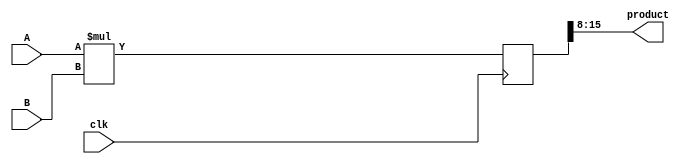
module mult8(
	output [7:0] product,
	input [7:0] A,
	input [7:0] B,
	input clk );

reg [15:0] prod16;

assign product = prod16[15:8];

always @(posedge clk) begin
	prod16 <= A * B;
end
endmodule